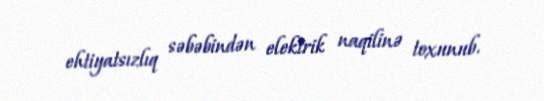
ehtiyatsızlıq səbəbindən elektrik naqilinə toxunub.